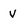
Character: V